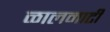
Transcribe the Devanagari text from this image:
ळालमाटी